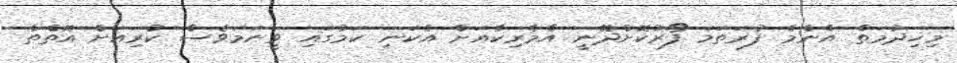
މިޚިދުމަތް އެންމެ ފުރަތަމަ ފޯރުކޮށްދޭނީ އެމެރިކާއަށް އެކަނި ކަމުގައި ވީނަމަވެސް ކުރިއަށް އޮތްތާ